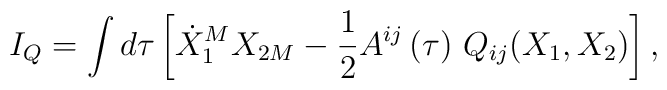
I_{Q}=\int d\tau \left[ \dot{X}_{1}^{M}X_{2M}-{\frac{1}{2}}A^{ij}\left( \tau\right) \,Q_{ij}(X_{1},X_{2})\right] ,